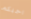
احبكم